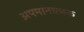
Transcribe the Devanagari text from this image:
अपमानात्मक